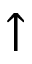
\uparrow